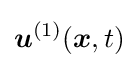
{\boldsymbol {u}}^{(1)}({\boldsymbol {x}},t)